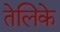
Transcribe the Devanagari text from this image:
तेलिके